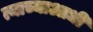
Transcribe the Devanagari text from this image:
त्याच्याआधी